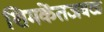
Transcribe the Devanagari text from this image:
शिमकेंतजवळ